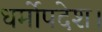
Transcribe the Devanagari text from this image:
धर्मोपदेश।